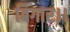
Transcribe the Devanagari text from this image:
बिगार।।